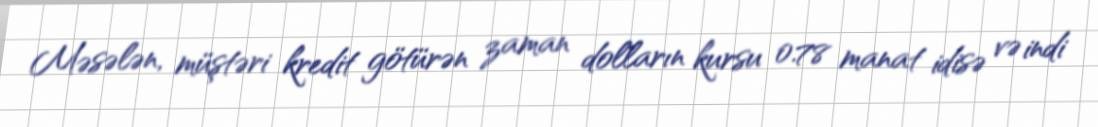
Məsələn, müştəri kredit götürən zaman dolların kursu 0.78 manat idisə və indi